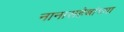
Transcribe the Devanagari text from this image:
नानासहेबांच्या